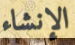
الإنشاء